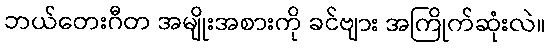
ဘယ်တေးဂီတ အမျိုးအစားကို ခင်ဗျား အကြိုက်ဆုံးလဲ။